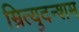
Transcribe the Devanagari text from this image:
म्रित्युदन्शम